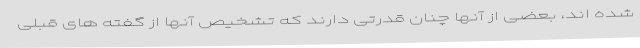
شده اند، بعضی از آنها چنان قدرتی دارند که تشخیص آنها از گفته های قبلی